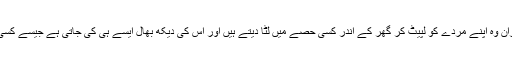
لہٰذا اس دوران وہ اپنے مردے کو لپیٹ کر گھر کے اندر کسی حصے میں لٹا دیتے ہیں اور اس کی دیکھ بھال ایسے ہی کی جاتی ہے جیسے کسی بیمار کی۔